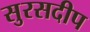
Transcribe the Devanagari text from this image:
सुरसदीप